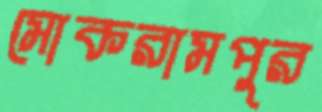
মোকরামপুর